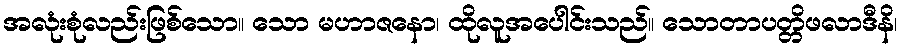
အလုံးစုံလည်းဖြစ်သော။ သော မဟာဇနော၊ ထိုလူအပေါင်းသည်။ သောတာပတ္တိဖလာဒီနိ၊